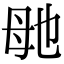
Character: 毑